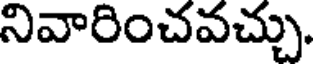
నివారించవచ్చు.